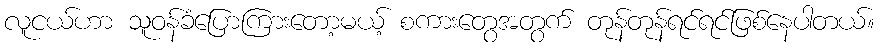
လူငယ်ဟာ သူဝန်ခံပြောကြားတော့မယ့် စကားတွေအတွက် တုန်တုန်ရင်ရင်ဖြစ်နေပါတယ်။